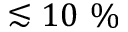
\lesssim 1 0 ~ \%